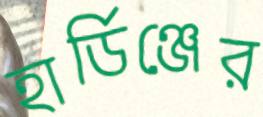
হার্ডিঞ্জের